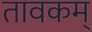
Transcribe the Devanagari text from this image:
तावकम्